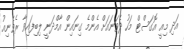
އަދި މިއީ އޮގަސްޓް މަހު ދެވަނައަށް އެންމެ ގިނައިން އާމްދަނީ ލިބިފައިވާ ރެވެނިއު